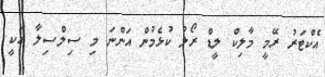
އެކްޓަރު ރޭމީ މާލިކް ލީޑް ރޯލު ކުޅެމުން އަންނަ މި ސިލްސިލާ އަކީ